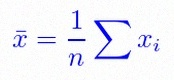
\bar{x}=\frac1n\sum x_i